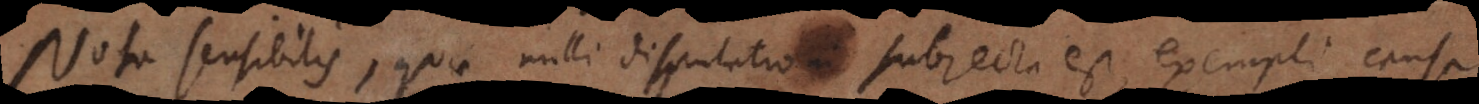
Nota sensibilis, quae nulli disputationi subjecta est, exempli causa